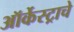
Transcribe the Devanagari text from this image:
ऑर्केस्ट्राचे